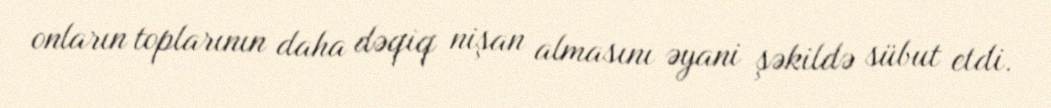
onların toplarının daha dəqiq nişan almasını əyani şəkildə sübut etdi.